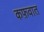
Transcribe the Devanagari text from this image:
कफ़वात